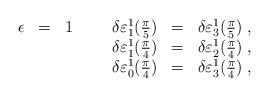
LaTeX: \begin{align*}\begin{array}{lcrcl}\epsilon&=&1\hspace{10mm}\delta\varepsilon^{1}_{1}(\frac{\pi}{5})&=&\delta\varepsilon^{1}_{3}(\frac{\pi}{5})\;,\\ &&\delta\varepsilon^{1}_{1}(\frac{\pi}{4})&=&\delta\varepsilon^{1}_{2}(\frac{\pi}{4})\;,\\ &&\delta\varepsilon^{1}_{0}(\frac{\pi}{4})&=&\delta\varepsilon^{1}_{3}(\frac{\pi}{4})\;, \end{array}\end{align*}